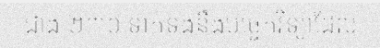
ជាង ២៣០ ទាក់ទងនឹងបច្ចេកវិទ្យាដែល